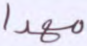
مهدا